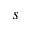
s